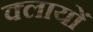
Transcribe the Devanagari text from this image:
क्लायों